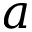
a